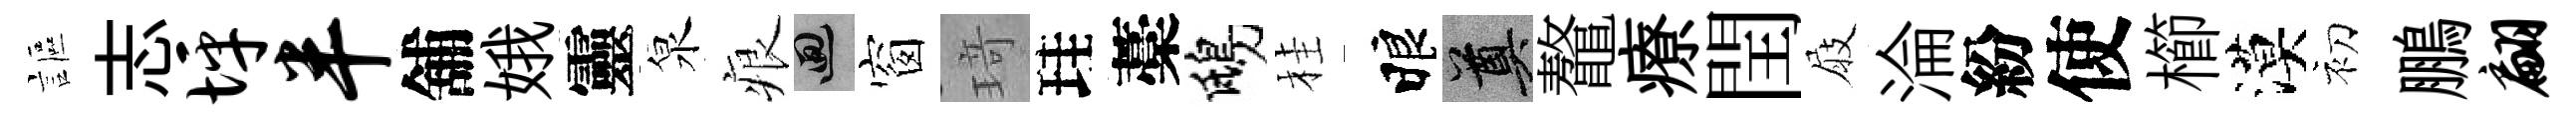
謳志坪半舖娥靈泉痕回窗𤦺珪藁鴟桂睱奠鼇療閏屐淪紛使櫛漠初鵬翩